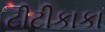
ટીટીકાકા